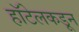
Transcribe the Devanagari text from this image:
हॉटेलकडून